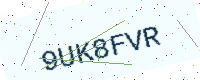
Text: 9UK8FVR